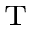
_ \mathrm { T }